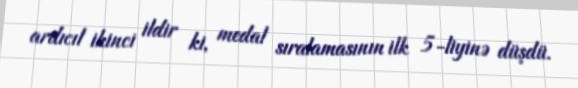
ardıcıl ikinci ildir ki, medal sıralamasının ilk 5-liyinə düşdü.